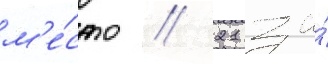
м'е́сто / 21 за́